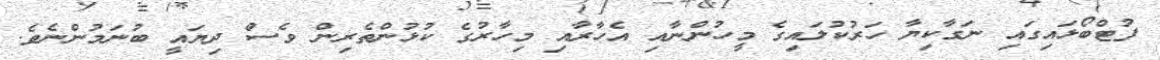
ފުޓްބޯޅައިގައި ނަގާކިޔާ ހަރުކުލައިގެ މީހުންނާއި އެހާރާއި މިހާރުގެ ކުޅުންތެރިން ވެސް ދިޔައީ ބުނަމުންނެވެ.